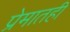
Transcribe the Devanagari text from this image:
प्रेमातही